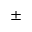
\pm